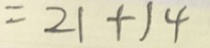
= 2 1 + 1 4